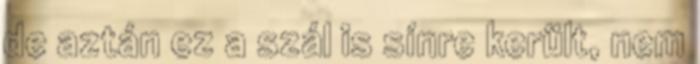
de aztán ez a szál is sínre került, nem